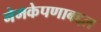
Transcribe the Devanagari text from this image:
नेमकेपणाबद्दल